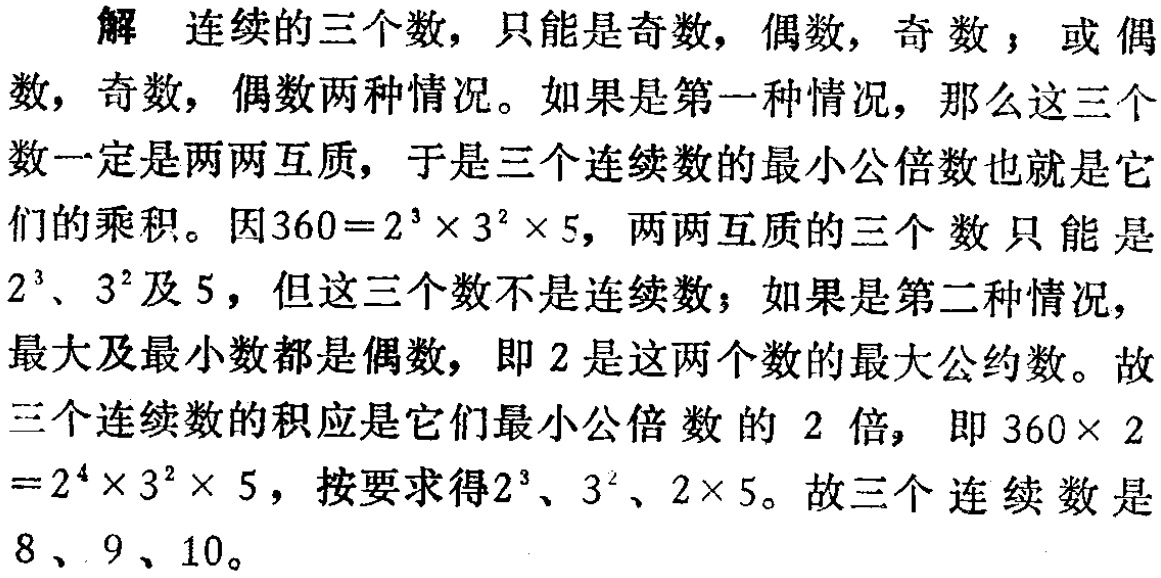
解 连续的三个数，只能是奇数，偶数，奇数；或偶数，奇数，偶数两种情况。如果是第一种情况，那么这三个数一定是两两互质，于是三个连续数的最小公倍数也就是它们的乘积。因\(360 = 2^{3}\times3^{2}\times5\)，两两互质的三个数只能是\(2^{3}\)、\(3^{2}\)及\(5\)，但这三个数不是连续数；如果是第二种情况，最大及最小数都是偶数，即\(2\)是这两个数的最大公约数。故三个连续数的积应是它们最小公倍数的\(2\)倍，即\(360\times 2=2^{4}\times3^{2}\times 5\)，按要求得\(2^{3}\)、\(3^{2}\)、\(2\times 5\)。故三个连续数是\(8\)、\(9\)、\(10\)。